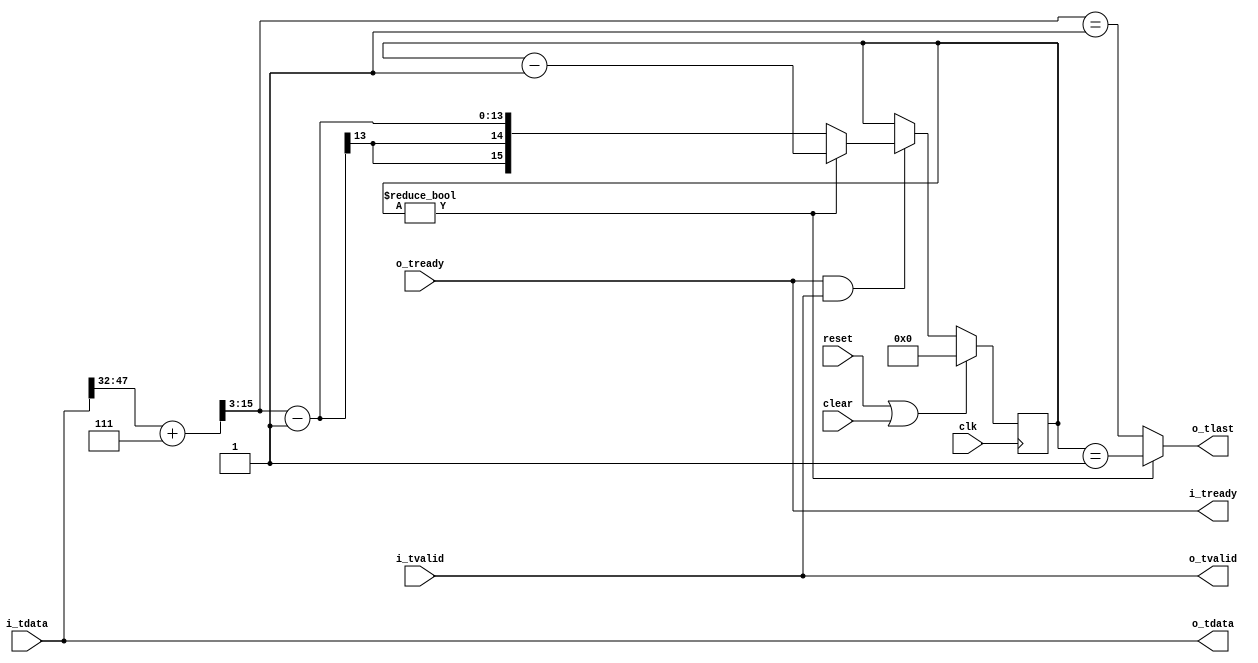
//
// Copyright 2014 Ettus Research LLC
// Copyright 2018 Ettus Research, a National Instruments Company
//
// SPDX-License-Identifier: LGPL-3.0-or-later
//
// Insert tlast bit for fifos that don't support it.  This only works with VALID CVITA frames
//  A single partial or invalid frame will make this wrong FOREVER

module cvita_insert_tlast
  (input clk, input reset, input clear,
   input [63:0] i_tdata, input i_tvalid, output i_tready,
   output [63:0] o_tdata, output o_tlast, output o_tvalid, input o_tready);

   assign o_tdata = i_tdata;
   assign o_tvalid = i_tvalid;
   assign i_tready = o_tready;

   wire [15:0] cvita_len_ceil = i_tdata[47:32] + 7;
   wire [15:0] axi_len = {3'b000, cvita_len_ceil[15:3]};
   
   reg [15:0] 	 count;

   assign o_tlast = (count != 0) ? (count == 16'd1) : (axi_len == 16'd1);

   always @(posedge clk)
     if(reset | clear)
       begin
	  count <= 16'd0;
       end
     else
       if(i_tready & i_tvalid)
	 if(count != 16'd0)
	   count <= count - 16'd1;
	 else
	   count <= axi_len - 16'd1;
   
endmodule // cvita_insert_tlast